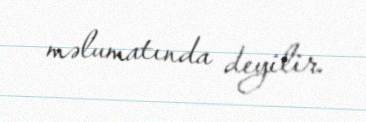
məlumatında deyilir.